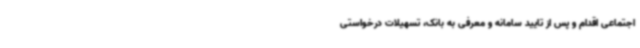
اجتماعی اقدام و پس از تایید سامانه و معرفی به بانک، تسهیلات درخواستی